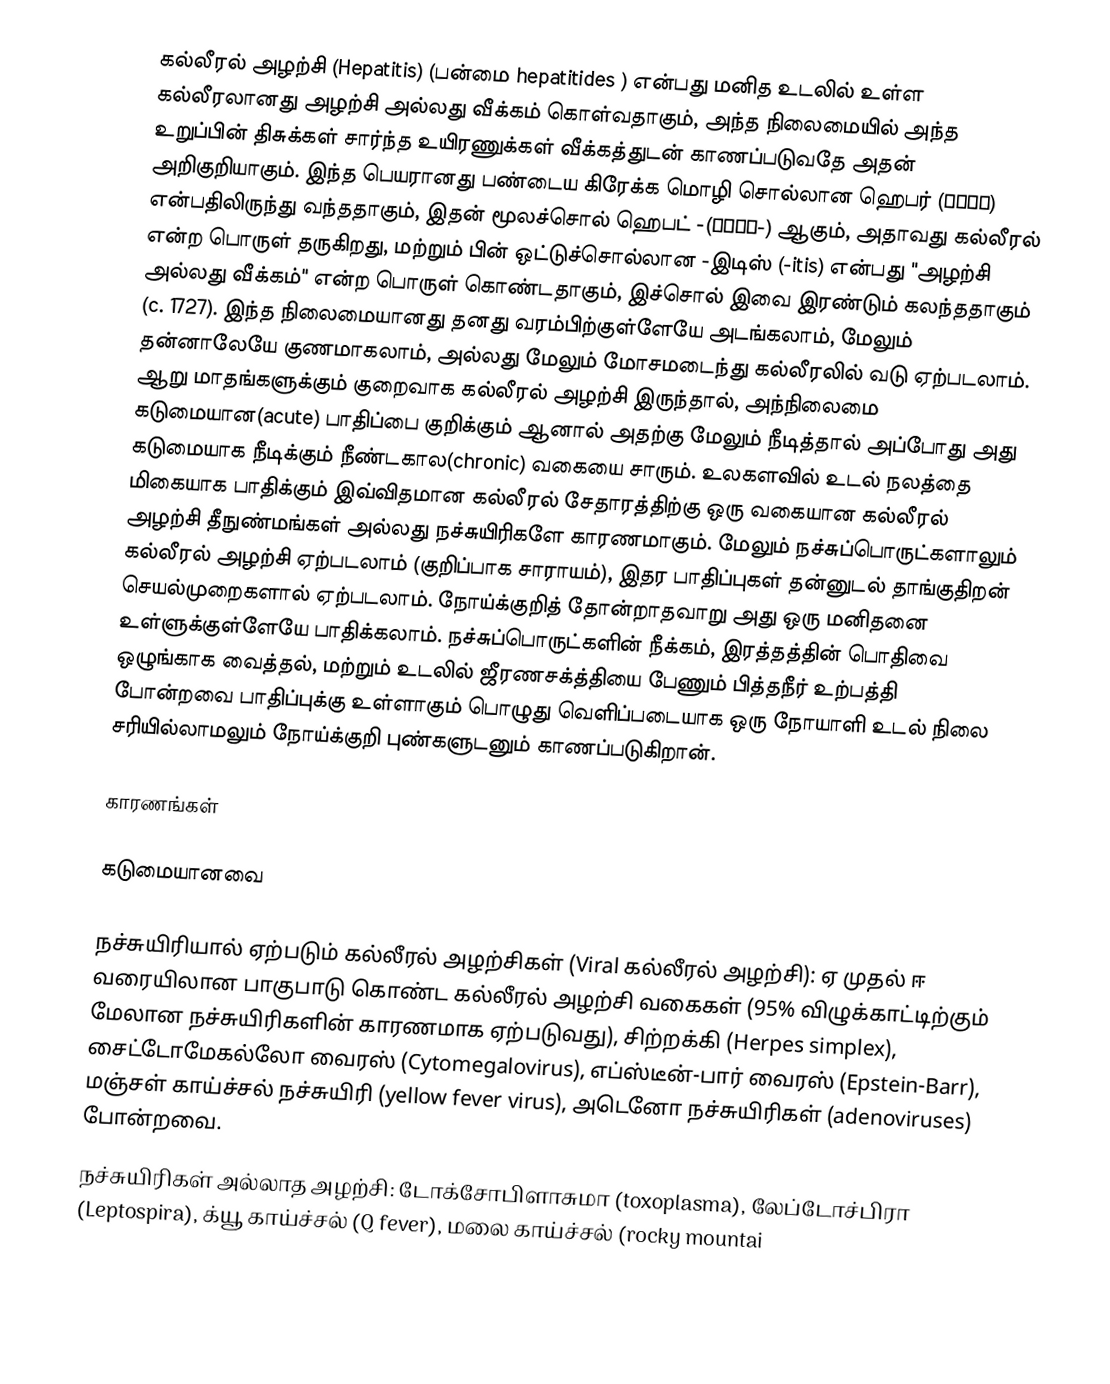
கல்லீரல் அழற்சி (Hepatitis) (பன்மை hepatitides ) என்பது மனித உடலில் உள்ள கல்லீரலானது அழற்சி அல்லது வீக்கம் கொள்வதாகும், அந்த நிலைமையில் அந்த உறுப்பின் திசுக்கள் சார்ந்த உயிரணுக்கள் வீக்கத்துடன் காணப்படுவதே அதன் அறிகுறியாகும். இந்த பெயரானது பண்டைய கிரேக்க மொழி சொல்லான ஹெபர் (ἧπαρ) என்பதிலிருந்து வந்ததாகும், இதன் மூலச்சொல் ஹெபட் -(ἡπατ-) ஆகும், அதாவது கல்லீரல் என்ற பொருள் தருகிறது, மற்றும் பின் ஒட்டுச்சொல்லான -இடிஸ் (-itis) என்பது "அழற்சி அல்லது வீக்கம்" என்ற பொருள் கொண்டதாகும், இச்சொல் இவை இரண்டும் கலந்ததாகும் (c. 1727). இந்த நிலைமையானது தனது வரம்பிற்குள்ளேயே அடங்கலாம், மேலும் தன்னாலேயே குணமாகலாம், அல்லது மேலும் மோசமடைந்து கல்லீரலில் வடு ஏற்படலாம். ஆறு மாதங்களுக்கும் குறைவாக கல்லீரல் அழற்சி இருந்தால், அந்நிலைமை கடுமையான(acute) பாதிப்பை குறிக்கும் ஆனால் அதற்கு மேலும் நீடித்தால் அப்போது அது கடுமையாக நீடிக்கும் நீண்டகால(chronic) வகையை சாரும். உலகளவில் உடல் நலத்தை மிகையாக பாதிக்கும் இவ்விதமான கல்லீரல் சேதாரத்திற்கு ஒரு வகையான கல்லீரல் அழற்சி தீநுண்மங்கள் அல்லது நச்சுயிரிகளே காரணமாகும். மேலும் நச்சுப்பொருட்களாலும் கல்லீரல் அழற்சி ஏற்படலாம் (குறிப்பாக சாராயம்), இதர பாதிப்புகள் தன்னுடல் தாங்குதிறன் செயல்முறைகளால் ஏற்படலாம். நோய்க்குறித் தோன்றாதவாறு அது ஒரு மனிதனை உள்ளுக்குள்ளேயே பாதிக்கலாம். நச்சுப்பொருட்களின் நீக்கம், இரத்தத்தின் பொதிவை ஒழுங்காக வைத்தல், மற்றும் உடலில் ஜீரணசக்த்தியை பேணும் பித்தநீர் உற்பத்தி போன்றவை பாதிப்புக்கு உள்ளாகும் பொழுது வெளிப்படையாக ஒரு நோயாளி உடல் நிலை சரியில்லாமலும் நோய்க்குறி புண்களுடனும் காணப்படுகிறான்.

காரணங்கள்

கடுமையானவை

 நச்சுயிரியால் ஏற்படும் கல்லீரல் அழற்சிகள் (Viral கல்லீரல் அழற்சி): ஏ முதல் ஈ வரையிலான பாகுபாடு கொண்ட கல்லீரல் அழற்சி வகைகள் (95% விழுக்காட்டிற்கும் மேலான நச்சுயிரிகளின் காரணமாக ஏற்படுவது), சிற்றக்கி (Herpes simplex), சைட்டோமேகல்லோ வைரஸ் (Cytomegalovirus), எப்ஸ்டீன்-பார் வைரஸ் (Epstein-Barr), மஞ்சள் காய்ச்சல் நச்சுயிரி (yellow fever virus), அடெனோ நச்சுயிரிகள் (adenoviruses) போன்றவை.
 நச்சுயிரிகள் அல்லாத அழற்சி: டோக்சோபிளாசுமா (toxoplasma), லேப்டோச்பிரா (Leptospira), க்யூ காய்ச்சல் (Q fever), மலை காய்ச்சல் (rocky mountai